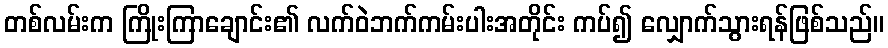
တစ်လမ်းက ကြိုးကြာချောင်း၏ လက်ဝဲဘက်ကမ်းပါးအတိုင်း ကပ်၍ လျှောက်သွားရန်ဖြစ်သည်။